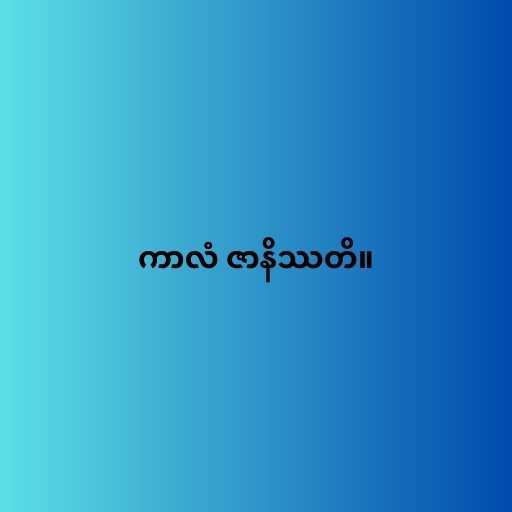
ကာလံ ဇာနိဿတိ။